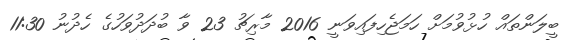
ބީލަންތައް ހުޅުވުމަށް ހަމަޖެހިފައިވަނީ 2016 މާރިޗު 23 ވާ ބުދަދުވަހުގެ ހެދުނު 11:30